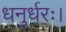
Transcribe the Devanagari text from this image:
धनुर्धरः।